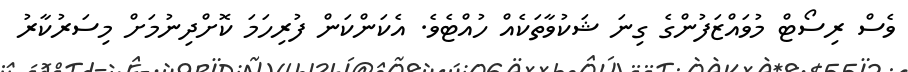
ވެސް ރިސޯޓް މުވައްޒަފުންގެ ގިނަ ޝަކުވާތަކެއް ހުއްޓެވެ. އެކަންކަން ފުރިހަމަ ކޮށްދިނުމަށް މިސަރުކާރު